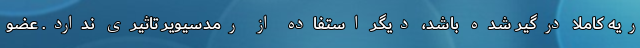
ریه کاملا درگیر شده باشد، دیگر استفاده از رمدسیویر تاثیری ندارد. عضو